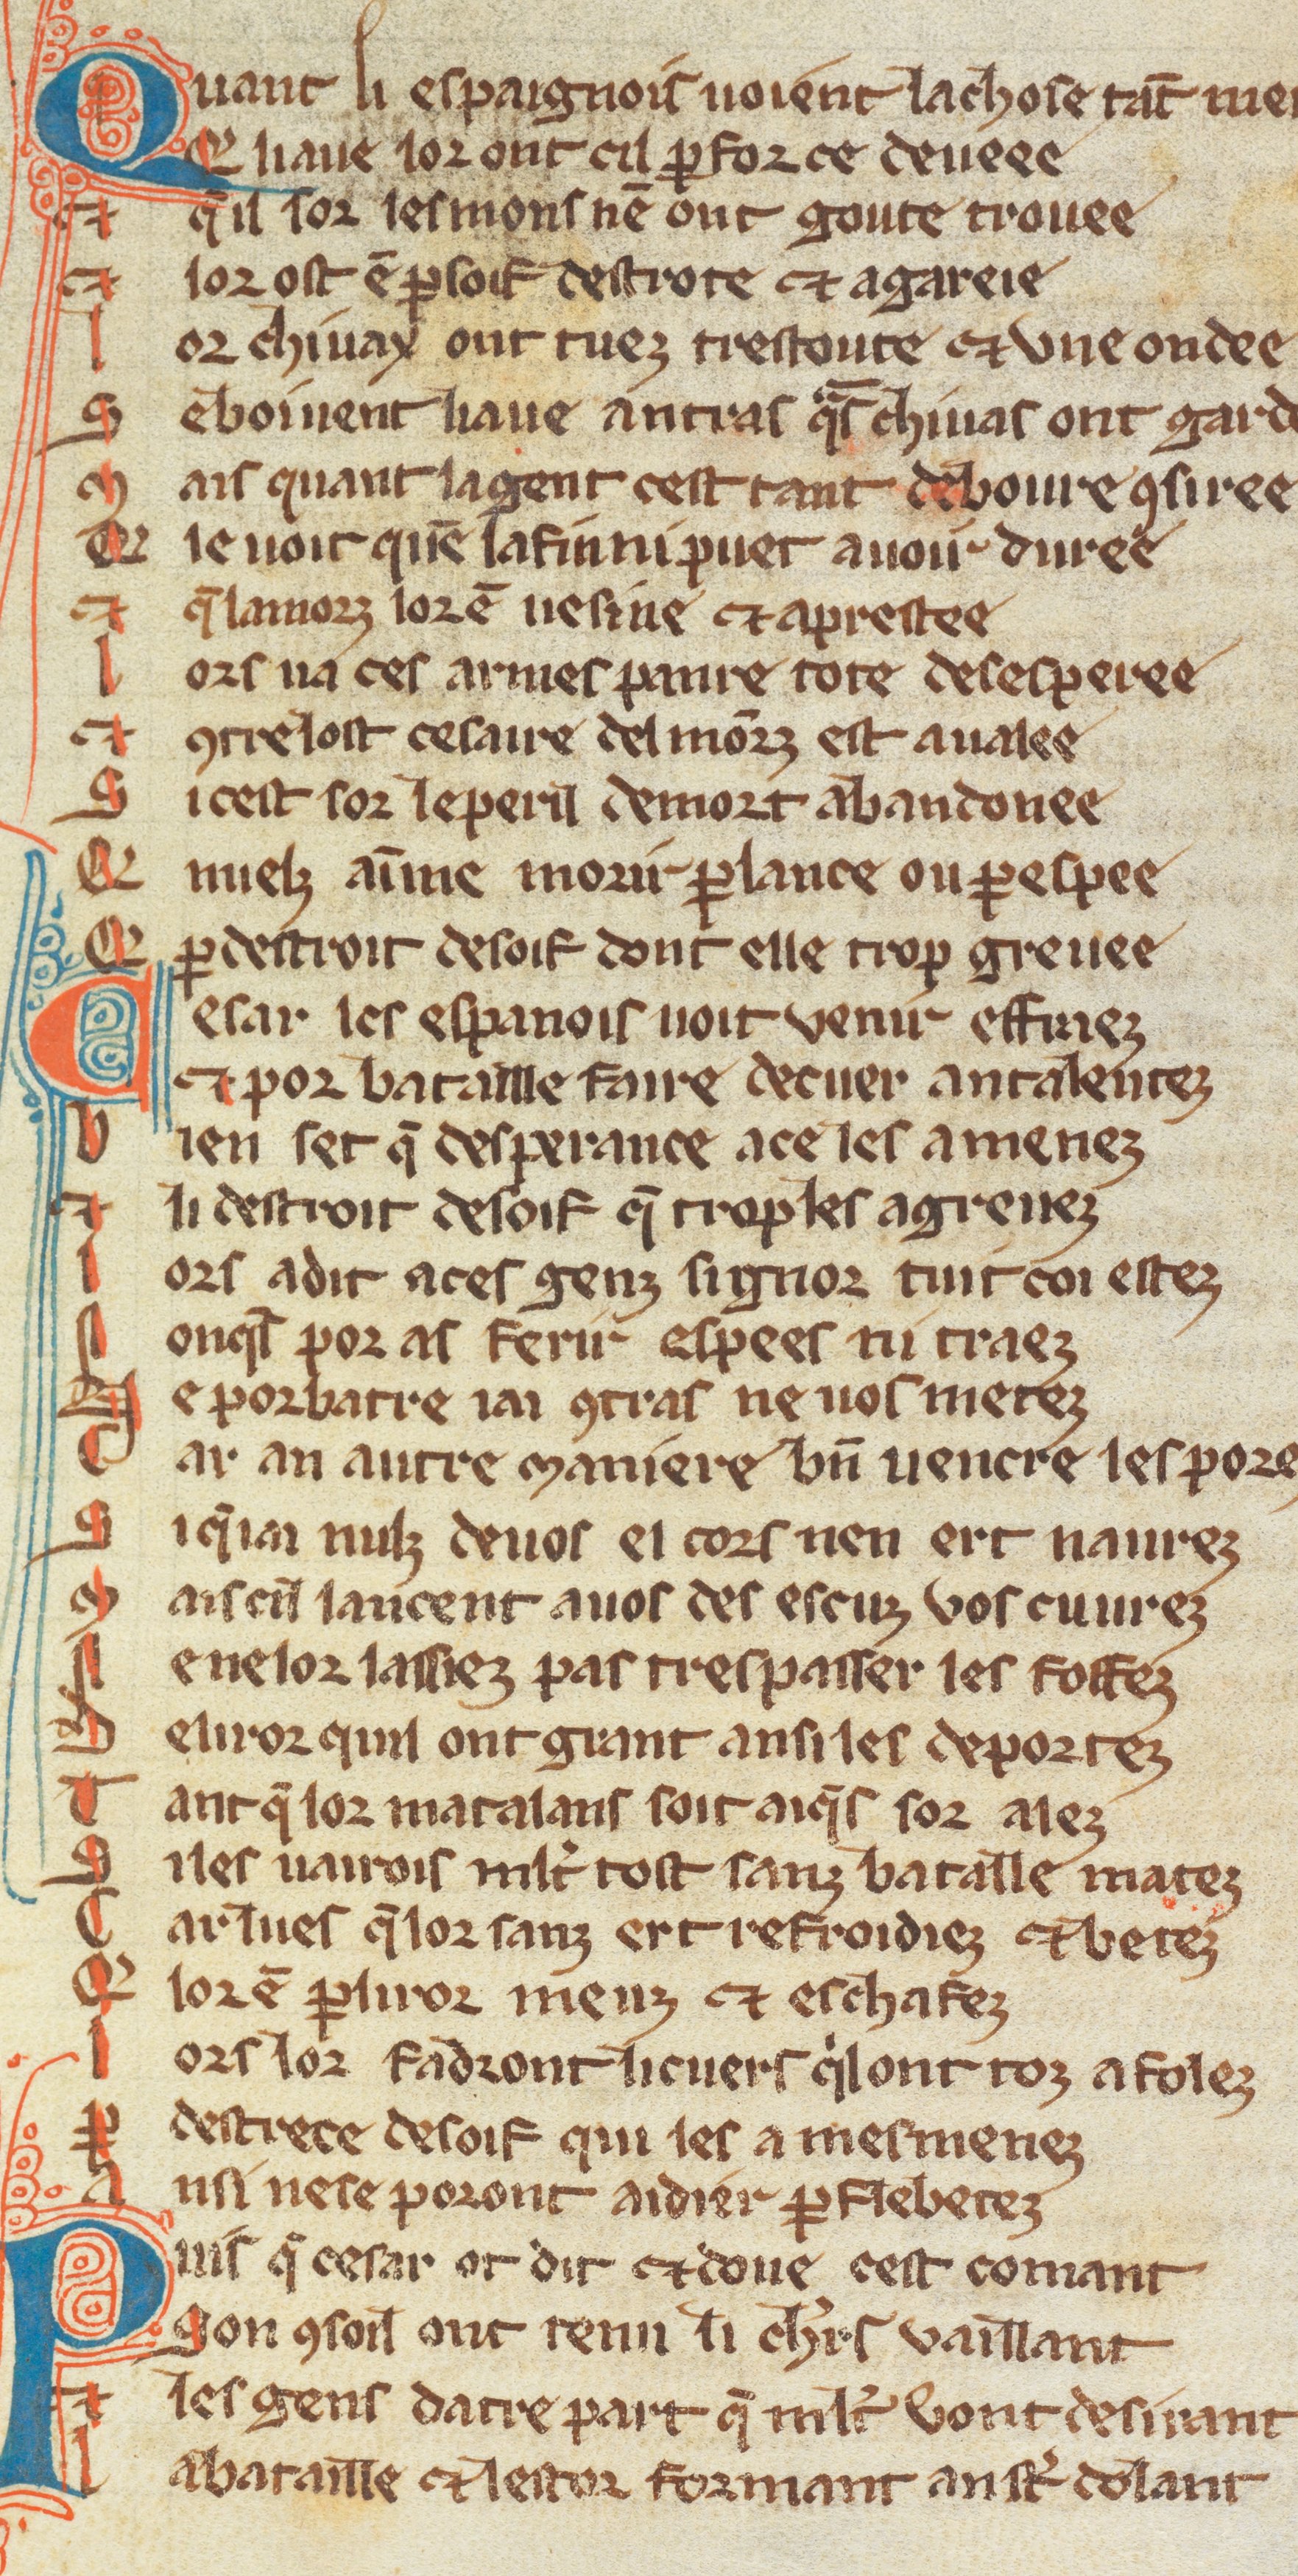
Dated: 1270–1330